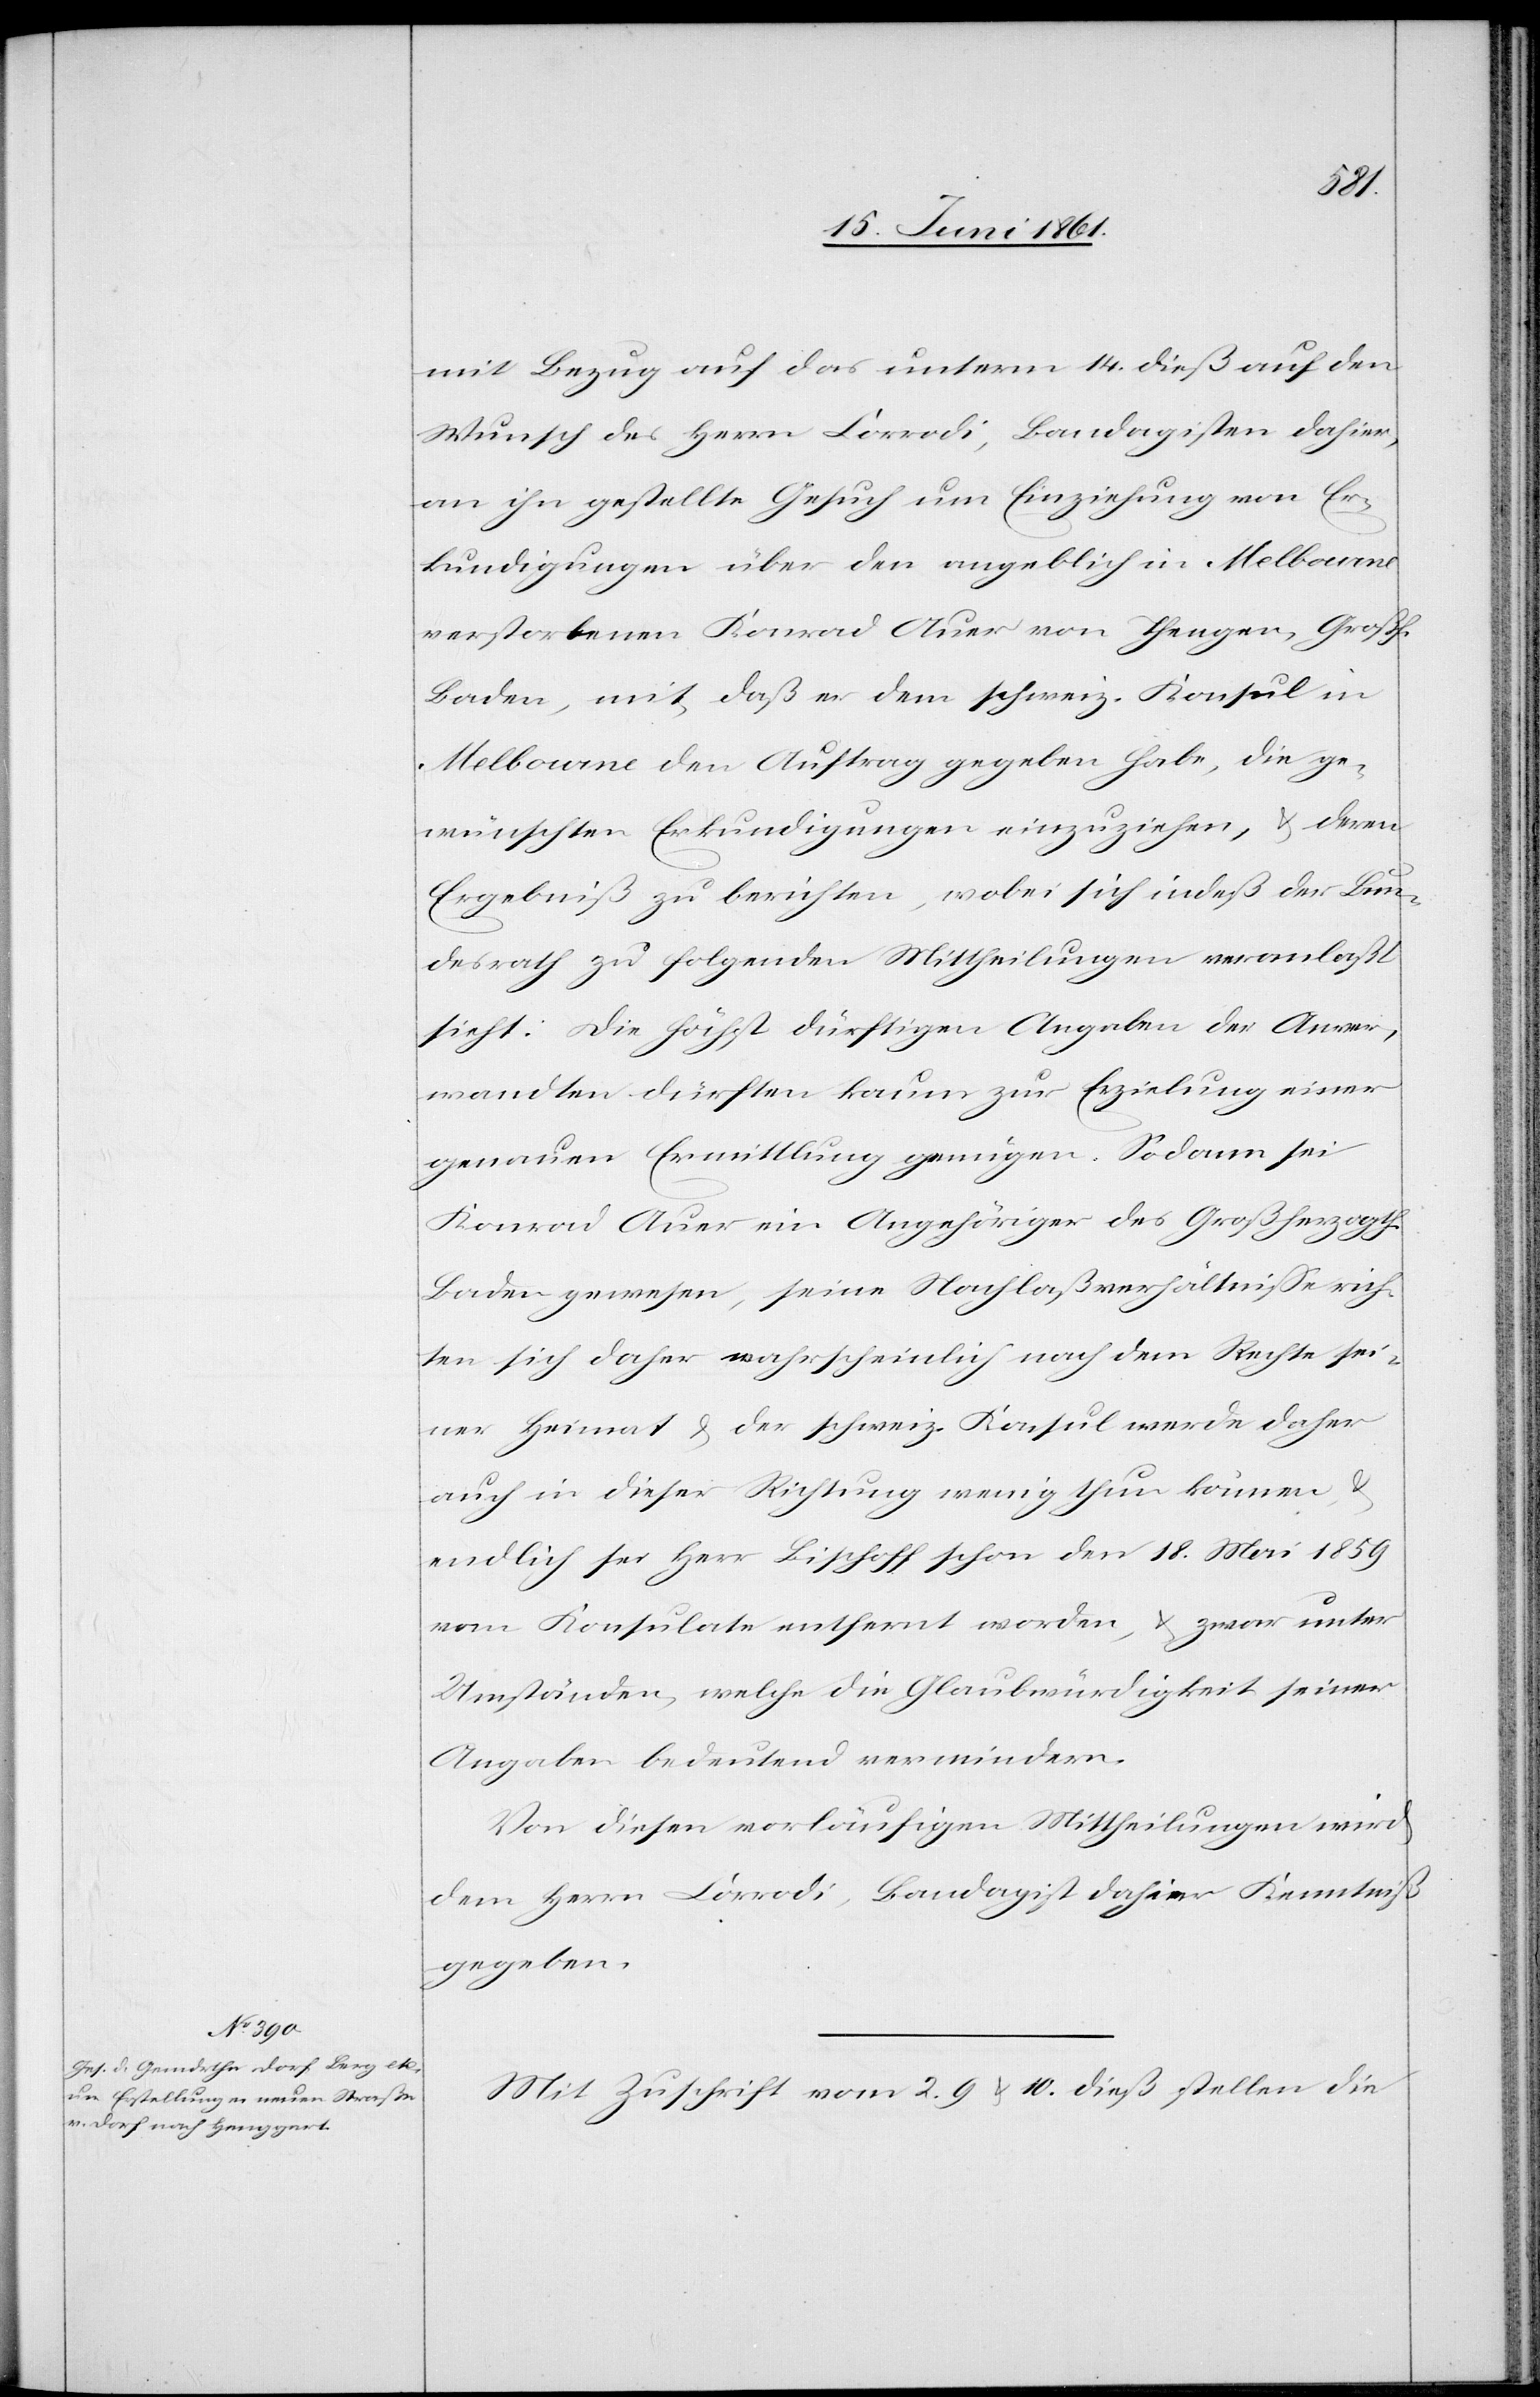
den
20. Juni 1861.]
mit Bezug auf das unterm 14. dieß auf den
Wunsch des Herrn Corrodi, Bandagister dahier,
an ihn gestellte Gesuch um Einziehung von Er¬
kundigungen über den angeblich in Melbourne
verstorbenen Konrad Auer von Thengen, Großh.
Baden, mit, daß er dem schweiz. Konsul in
Melbourne den Auftrag gegeben habe, die ge¬
wünschten Erkundigungen einzuziehen, u. deren
Ergebniß zu berichten, wobei sich indeß der Bun¬
desrath zu folgenden Mittheilungen veranlaßt
sieht: Die höchst dürftigen Angaben der Anver¬
wandten dürften kaum zur Erzielung einer
genauen Ermittlung genügen. Sodann sei
Konrad Auer ein Angehöriger des Großherzogth.
Baden gewesen, seine Nachlaßverhältnisse rich¬
ten sich daher wahrscheinlich nach dem Rechte sei¬
ner Heimat u. der schweiz. Konsul werde daher
auch in dieser Richtung wenig thun können u.
endlich sei Herr Bischoff schon den 18. Mai 1859
vom Konsulate entfernt worden, u. zwar unter
Umständen, welche die Glaubwürdigkeit seiner
Angaben bedeutend vermindern.
Von diesen vorläufigen Mittheilungen wird
dem Herrn Corrodi, Bandagist dahier Kenntniß
gegeben.
Mit Zuschrift vom 2. 9. u. 10. dieß stellen die